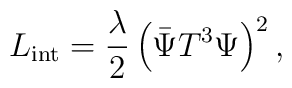
L_{\rm int}= \frac{\lambda}{2} \left( \bar\Psi T^3\Psi\right)^2,